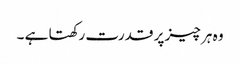
وہ ہر چیز پر قدرت رکھتا ہے ۔